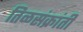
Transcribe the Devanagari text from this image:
तिळसंक्रांती